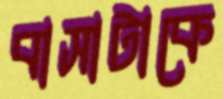
বাসাটাকে